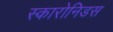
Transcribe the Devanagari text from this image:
स्कारोनिडस